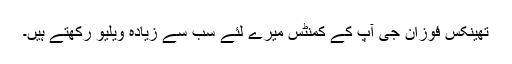
تھینکس فوزان جی آپ کے کمنٹس میرے لئے سب سے زیادہ ویلیو رکھتے ہیں۔